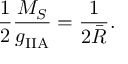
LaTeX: { \frac { 1 } { 2 } } { \frac { M _ { S } } { g _ { \mathrm { I I A } } ^ { } } } = { \frac { 1 } { 2 \bar { R } } } .